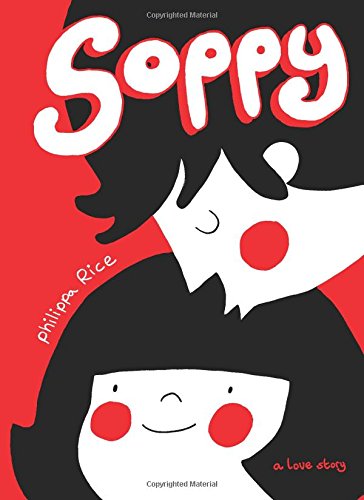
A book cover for Soppy: A Love Story; Philippa Rice; Comics & Graphic Novels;